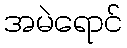
အမဲရောင်